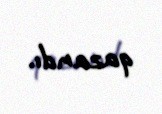
qazandı.